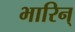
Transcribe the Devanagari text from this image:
भारिन्‌